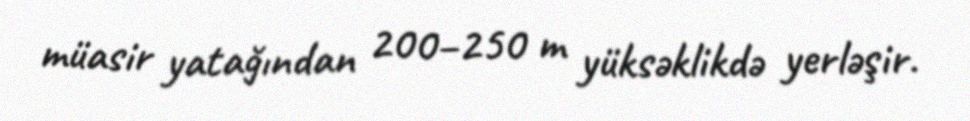
müasir yatağından 200–250 m yüksəklikdə yerləşir.